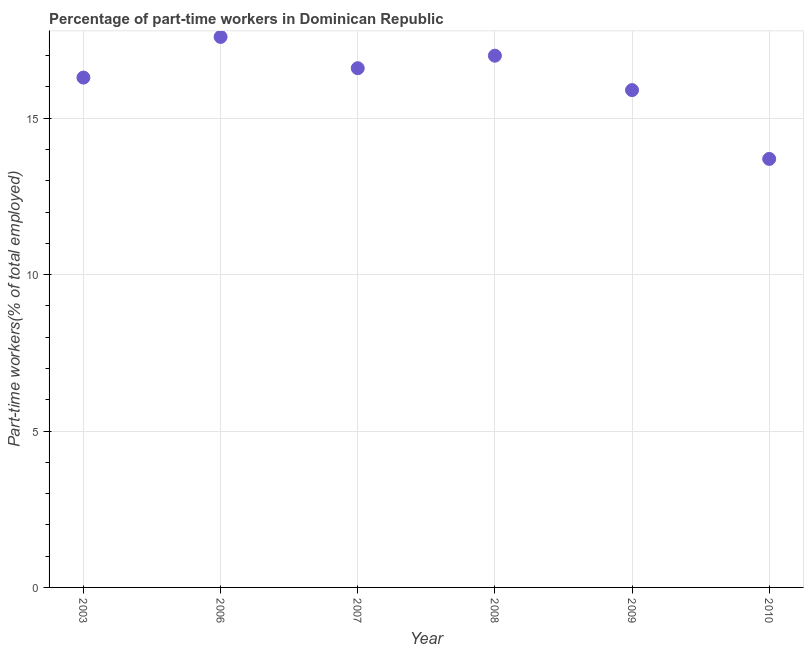
| Year | Part time employment |
 | --- | --- |
 | 2003 | 16.3 |
 | 2006 | 17.6 |
 | 2007 | 16.6 |
 | 2008 | 17 |
 | 2009 | 15.9 |
 | 2010 | 13.7 |